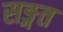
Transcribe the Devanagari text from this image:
सङ्गत